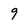
Character: 9